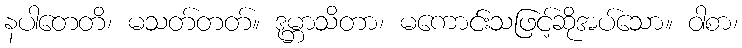
နပါတေတိ၊ မသတ်တတ်။ ဒုမ္ဘာသိတာ၊ မကောင်းသဖြင့်ဆိုအပ်သော။ ဝါစာ၊